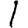
Digit: 1